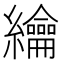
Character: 𦇬